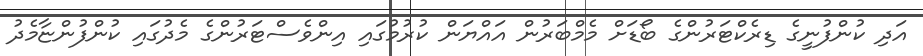
އަދި ކުންފުނީގެ ޑިރެކްޓަރުންގެ ބޯޑަށް މެމްބަރުން އައްޔަން ކުރުމުގައި އިންވެސްޓަރުންގެ މެދުގައި ކުންފުންޏާމެދު